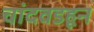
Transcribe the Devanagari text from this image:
चांदवडहून